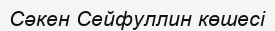
Сәкен Сейфуллин көшесі